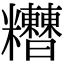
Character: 𥽾